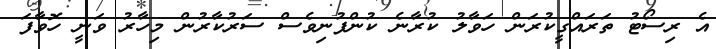
އެ ރިސޯޓު ތަރައްގީކުރަން ހަވާލު ކުރާނެ ކުންފުނިވެސް ސަރުކާރުން މިހާރު ވަނީ ހޮވާފަ